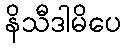
နိသီဒါမိပေ